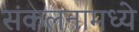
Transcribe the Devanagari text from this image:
संकलनामध्ये